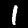
Digit: 1